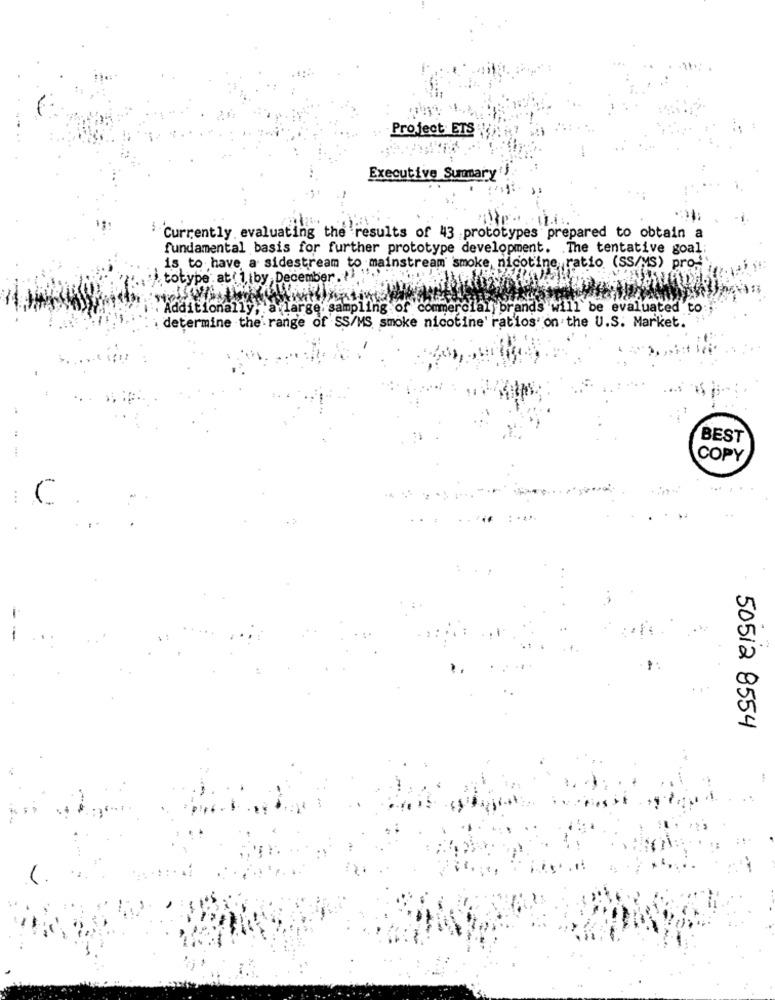
Project ETS
Executive Summary'
Currently evaluating the results of 43 prototypes prepared to obtain a
fundamental basis for further prototype development. The tentative goal;
is to have a sidestream to mainstream smoke, nicotine, ratio (SS/MS) pro .!
totype at ( 1 |by, December. "
Additionally
large. sampling of commercial brands will be evaluated to
determine the range of SS/MS smoke nicotine' ratios on the U.S. Market.
BEST
COPY
C
50512 8554